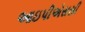
આઇપીએસસી